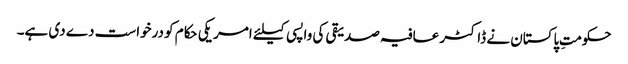
حکومتِ پاکستان نے ڈاکٹر عافیہ صدیقی کی واپسی کیلئے امریکی حکام کو درخواست دے دی ہے۔